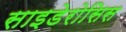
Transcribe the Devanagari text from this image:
साइडेरोसिस